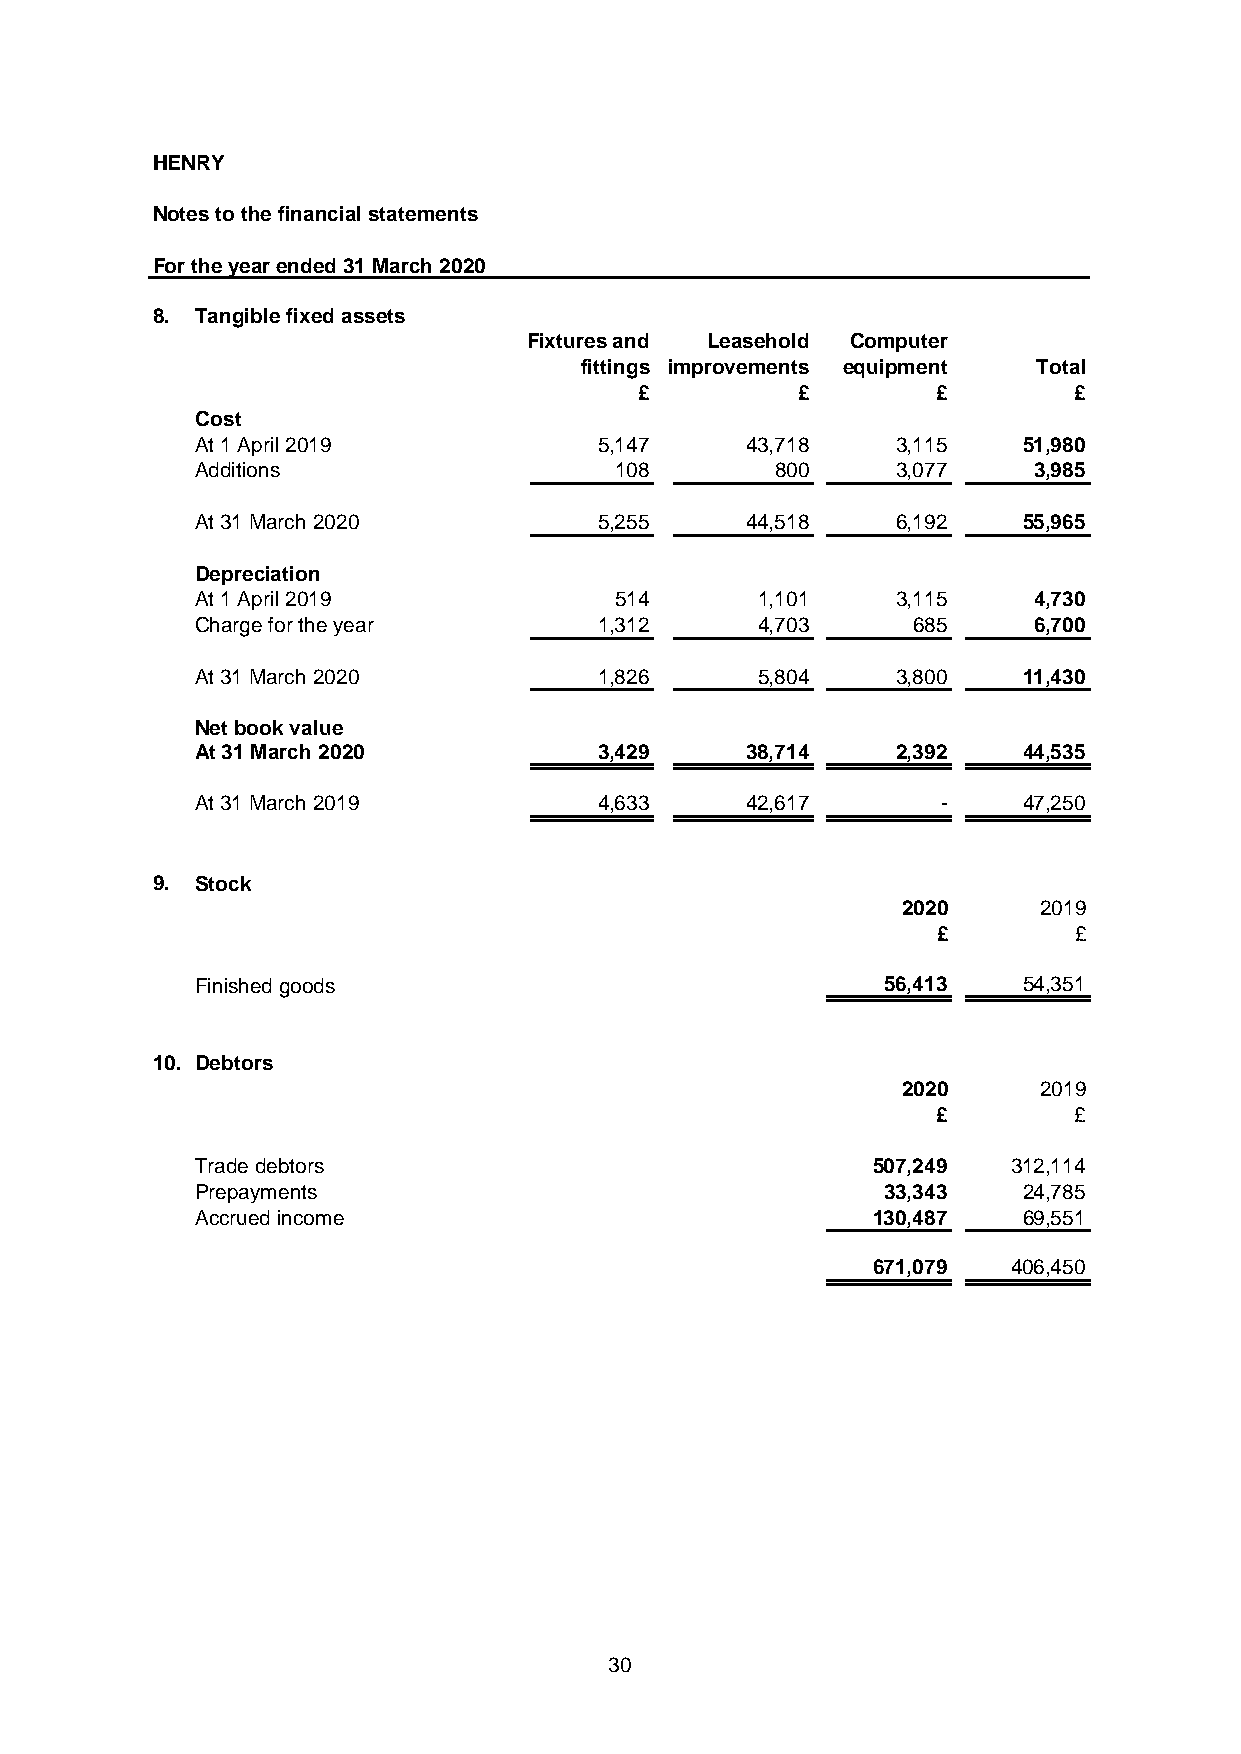
HENRY
 Notes to the financial statements
 For the year ended 31 March 2020
 8. Tangible fixed assets
 Fixtures and Leasehold Computer
 fittings improvements equipment Total
 £          £        £        £
 Cost
 At 1 April 2019            5,147    43,718    3,115    51,980
 Additions                   108       800     3,077    3,985
 At 31 March 2020           5,255    44,518    6,192    55,965
 Depreciation
 At 1 April 2019             514      1,101    3,115    4,730
 Charge for the year        1,312     4,703     685     6,700
 At 31 March 2020           1,826     5,804    3,800    11,430
 Net book value
 At 31 March 2020           3,429    38,714    2,392    44,535
 At 31 March 2019           4,633    42,617       -     47,250
 9. Stock
 2020     2019
 £        £
 Finished goods                                56,413   54,351
 10. Debtors
 2020     2019
 £        £
 Trade debtors                                507,249  312,114
 Prepayments                                   33,343   24,785
 Accrued income                               130,487   69,551
 671,079  406,450
 30